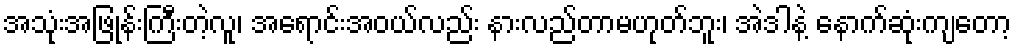
အသုံးအဖြုန်းကြီးတဲ့လူ၊ အရောင်းအဝယ်လည်း နားလည်တာမဟုတ်ဘူး၊ အဲဒါနဲ့ နောက်ဆုံးကျတော့